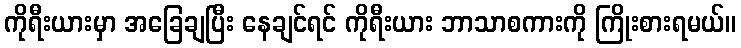
ကိုရီးယားမှာ အခြေချပြီး နေချင်ရင် ကိုရီးယား ဘာသာစကားကို ကြိုးစားရမယ်။